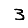
Digit: 3